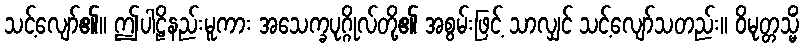
သင့်လျော်၏။ ဤပါဠိနည်းမူကား အသေက္ခပုဂ္ဂိုလ်တို့၏ အစွမ်းဖြင့် သာလျှင် သင့်လျော်သတည်း။ ဝိမုတ္တသ္မိံ